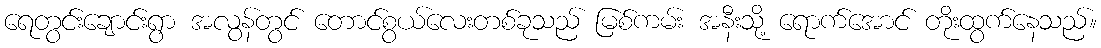
ရေတွင်းချောင်းရွာ အလွန်တွင် တောင်စွယ်လေးတစ်ခုသည် မြစ်ကမ်း အနီးသို့ ရောက်အောင် တိုးထွက်နေသည်။